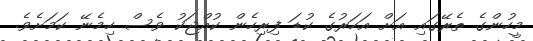
މީހުންގެ ތެރޭގައި އަށް އަހަރުގެ ކުޑަ ފިރިހެން ކުއްޖަކު ވެސް ހިމެނޭ ކަމަށެވެ.